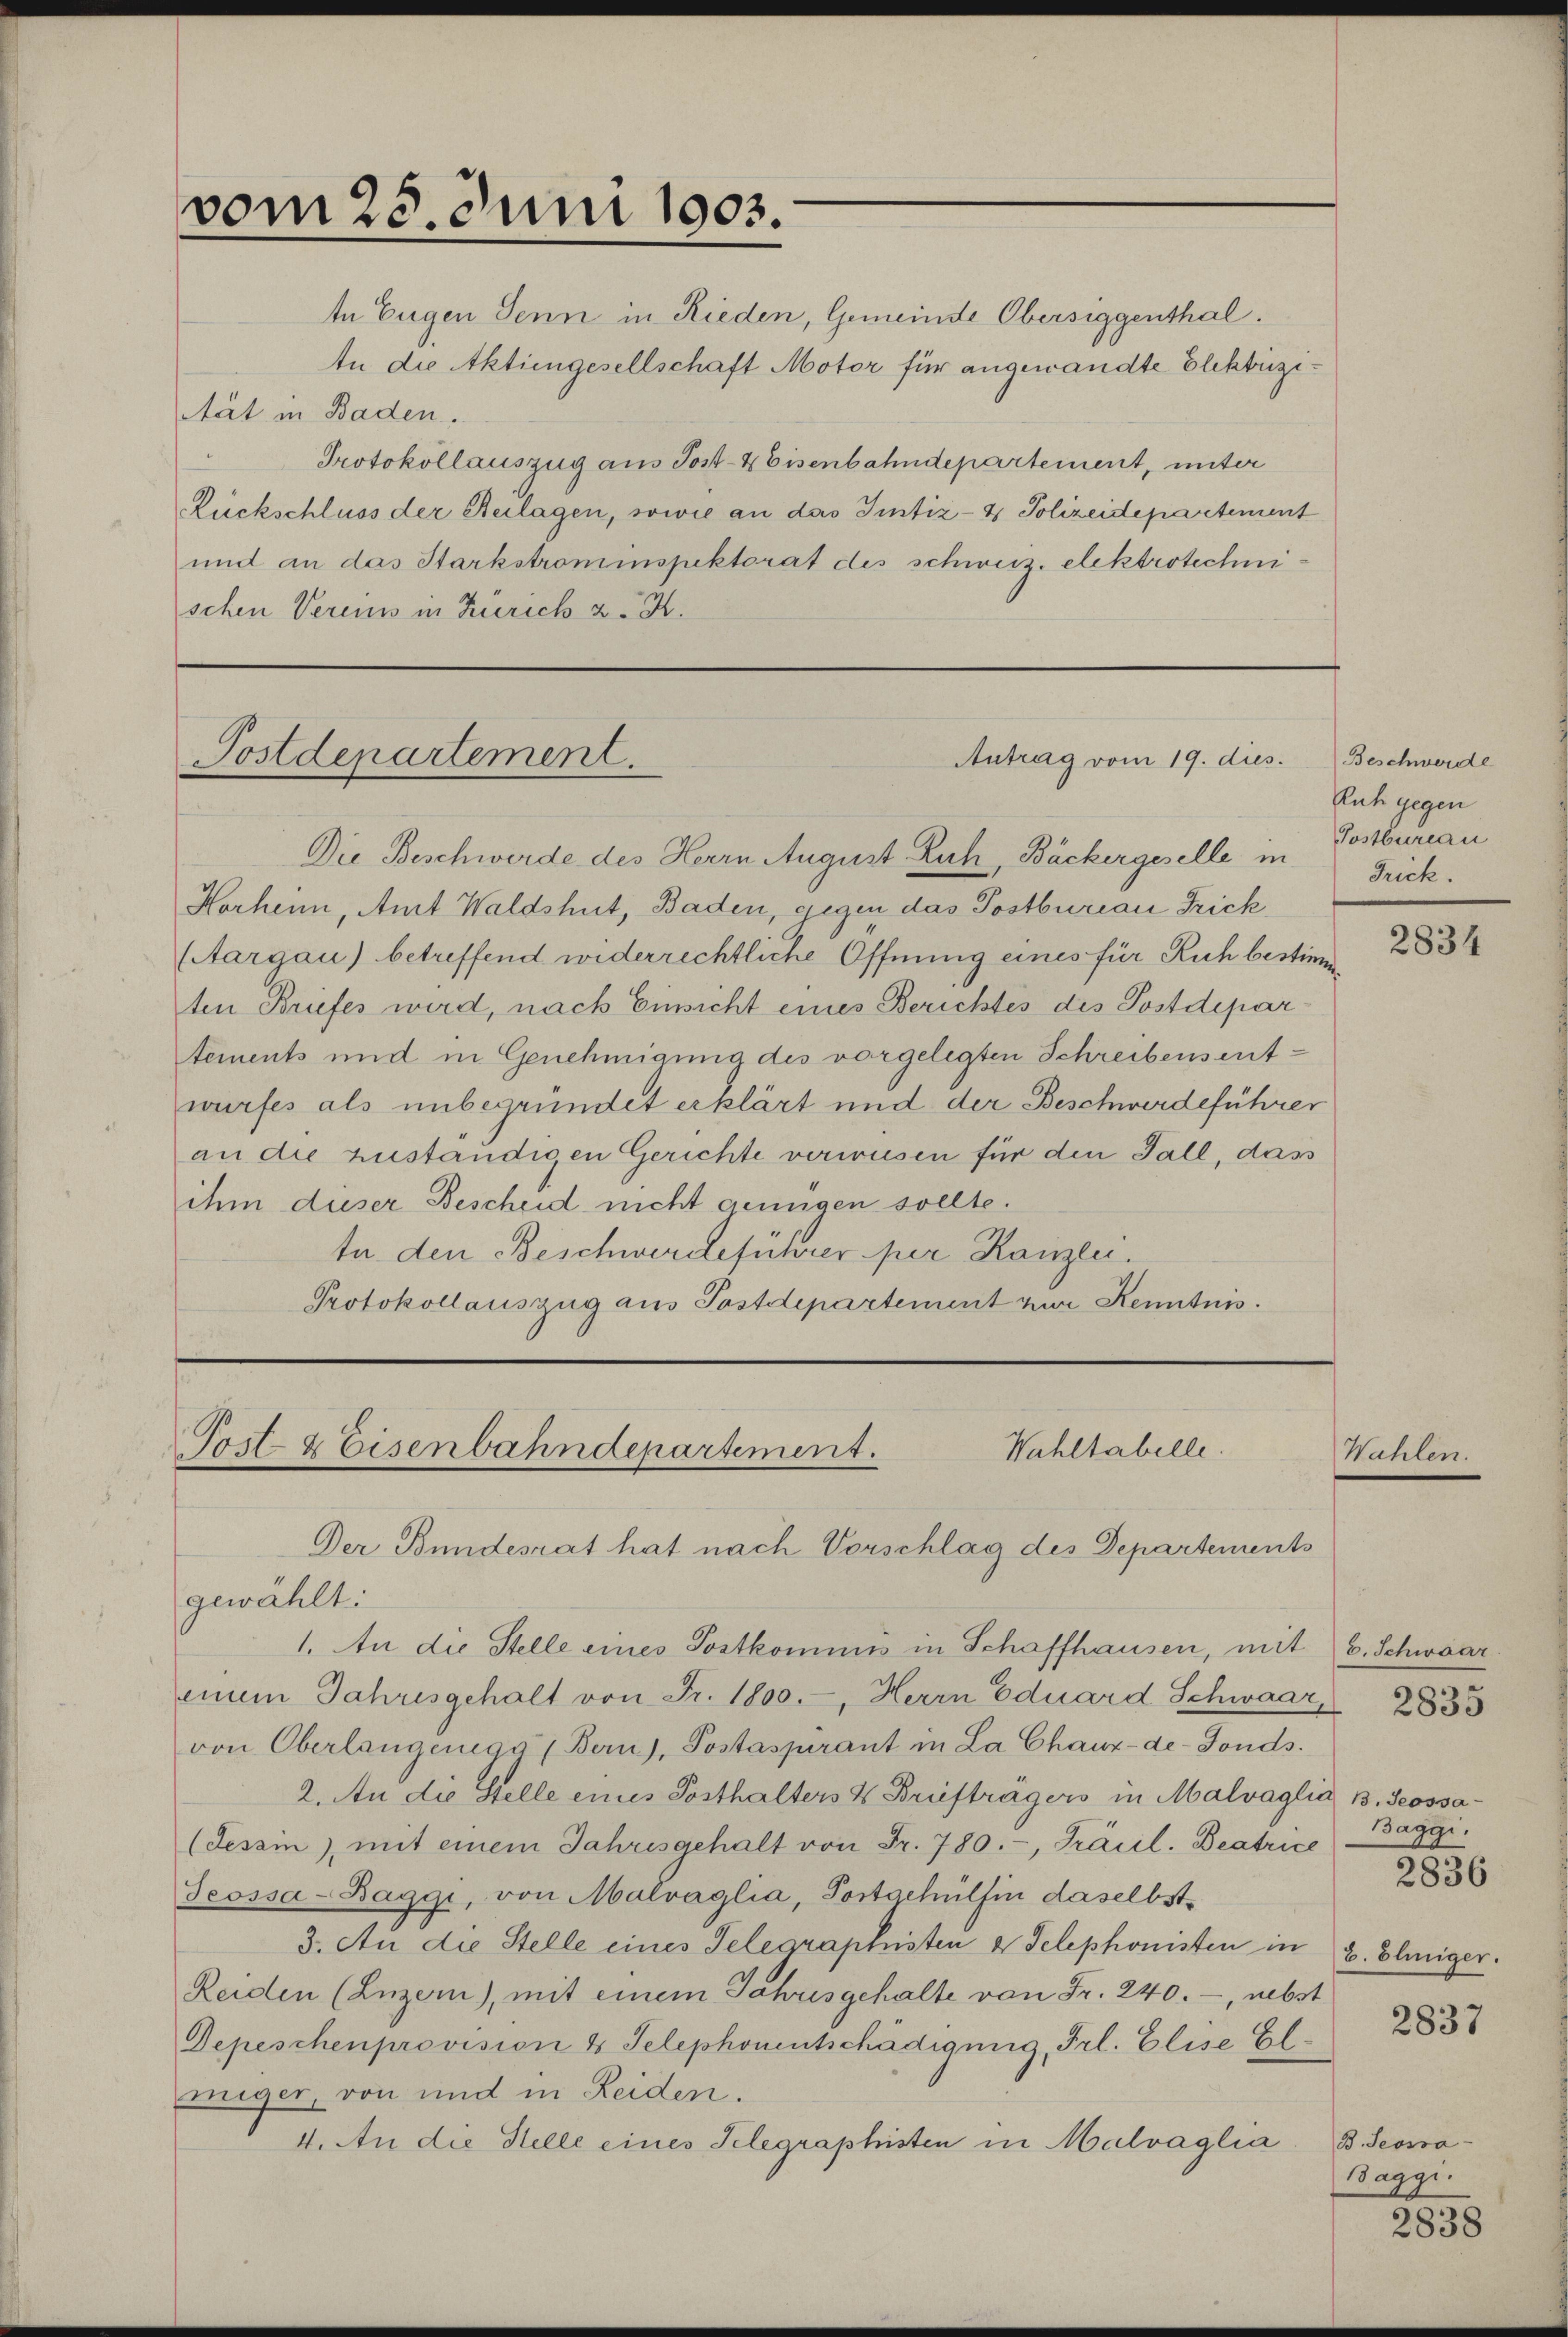
vom 25. Juni 1903.

te Eugen Senn in Rieden, Gemeinde Obersiggenthal.
An die Aktiengesellschaft Motor für angewandte Elektrizi¬
Atät in Baden.
Protokollauszug aus Post- & Eisenbahndepartement, unter
Rückschluss der Beilagen, sowie an das Justiz- & Polizeidepartement
und an das Starkstrominspektorat des schweiz. elektrotechnischen Vereins in Zürich z. B.

Postdepartement.

Antrag vom 19. dies

Die Beschwerde des Herrn August Euch, Bäckergeselle in
Horheim, Amt Waldshut, Baden, gegen das Postbureau Frick
(Aargau) betreffend widerrechtliche Öffnung eines für Ruh bestimm
ten Briefes wird, nach Einsicht eines Berichtes des Postdepartements und in Genehmigung des vorgelegten Schreibens entwurfes als unbegründet erklärt und der Beschwerdeführer
an die zuständigen Gerichte verwesen für den Fall, das
ihm dieser Bescheid nicht genügen sollte.
tn den Beschwerdeführer per Kanzen.
Protokollauszug aus Postdepartement zur Kenntnis.

Wahltabelle.
Post- & Eisenbahndepartement.
Der Bundesrat hat nach Vorschlag des Departements

gewählt:
1. An die Stelle eines Postkommis in Schaffhausen, mit 6. Schwaar
einem Jahresgehalt von Fr. 1800.-, Herrn Eduard Schwaar
von Oberlangenige (Bern), Postaspirant in La Chaux-de-Fonds.
2. An die Stelle eines Posthalters & Briefträgers in Malvaglia B. Seossa¬
(Tessin, mit einem Jahresgehalt von Fr. 780.-, Präcil. Beatrice
Jeossa-Baggi, von Malvaglia, Postgehülfen daselbst¬
3. An die Stelle eines Telegraphisten & Telephonisten in
Reiden (Luzern), mit einem Jahresgehalte von Fr. 240.-, nebst
Depeschen provision & Telephonentschädigung, Frl. Elise Elmiger, von und in Leiden.
4. An die Stelle eines Telegraphisten in Malvaglia

Beschwerde
Ruh gegen
Postbureau
Trick.

Wahlen

2834

2835

Baggi.

2836

b. Eliniger.

2837

B. Sesssa
Gaggi.

2838